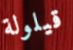
قيلولة